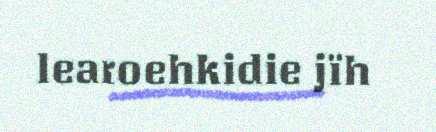
learoehkidie jïh